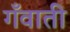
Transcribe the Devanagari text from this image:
गँवाती